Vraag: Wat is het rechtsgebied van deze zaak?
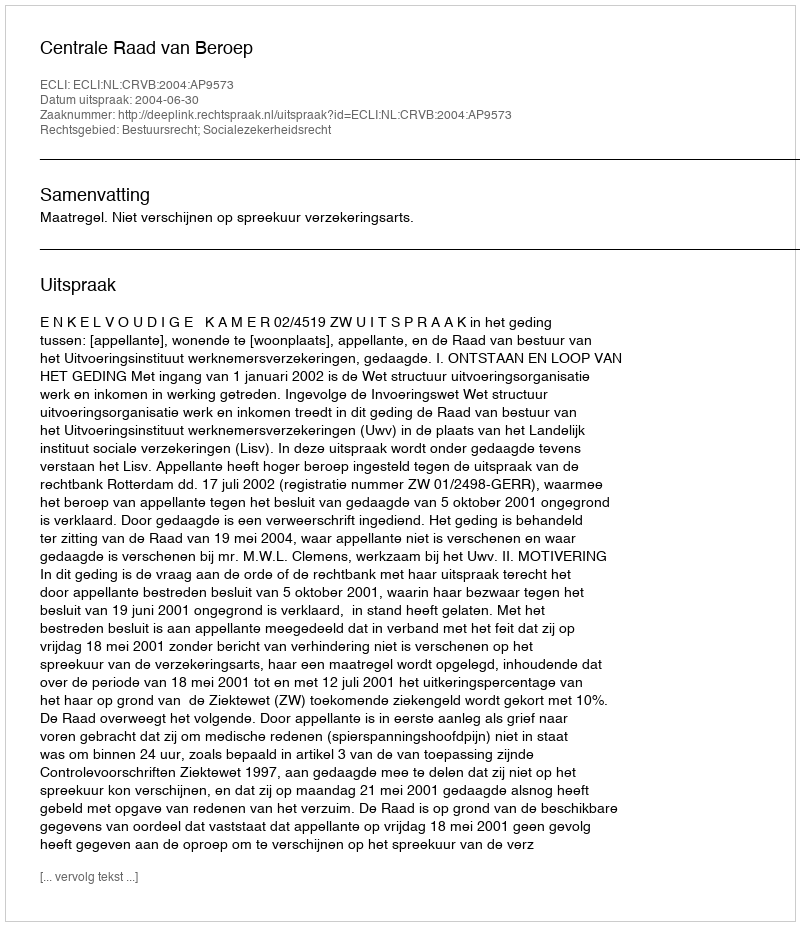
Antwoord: Bestuursrecht; Socialezekerheidsrecht